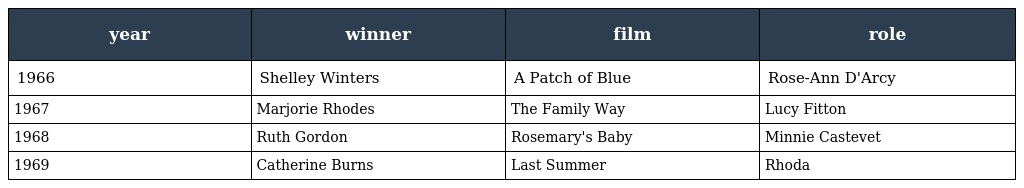
| year | winner | film | role |
 | --- | --- | --- | --- |
 | 1966 | Shelley Winters | A Patch of Blue | Rose-Ann D'Arcy |
 | 1967 | Marjorie Rhodes | The Family Way | Lucy Fitton |
 | 1968 | Ruth Gordon | Rosemary's Baby | Minnie Castevet |
 | 1969 | Catherine Burns | Last Summer | Rhoda |